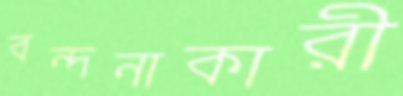
বন্দনাকারী